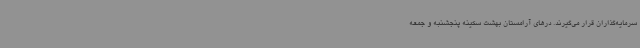
سرمایه‌گذاران قرار می‌گیرند. درهای آرامستان بهشت سکینه پنجشنبه و جمعه